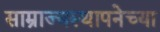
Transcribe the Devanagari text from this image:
साम्राज्यस्थापनेच्या